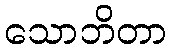
သောဘိတာ